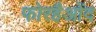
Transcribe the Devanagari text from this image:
फोरहैओंद